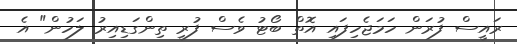
ރައީސް ފުރަން ހަމަޖެހިފައި އޮތް ބޯޓު ވެސް ފުރީ ތިންގަޑިއިރު ލަހުން" އެ